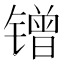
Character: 𲈜